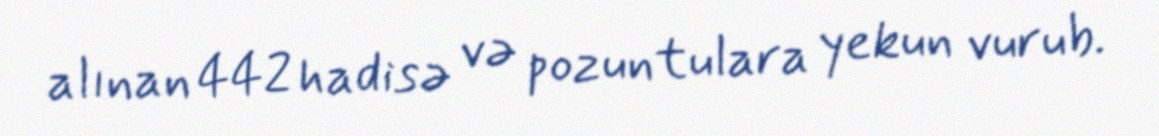
alınan 442 hadisə və pozuntulara yekun vurub.